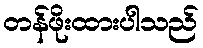
တန်ဖိုးထားပါသည်